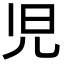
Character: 児